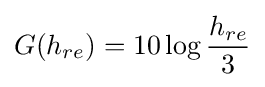
G(h_{re})=10\log {\frac {h_{re}}{3}}